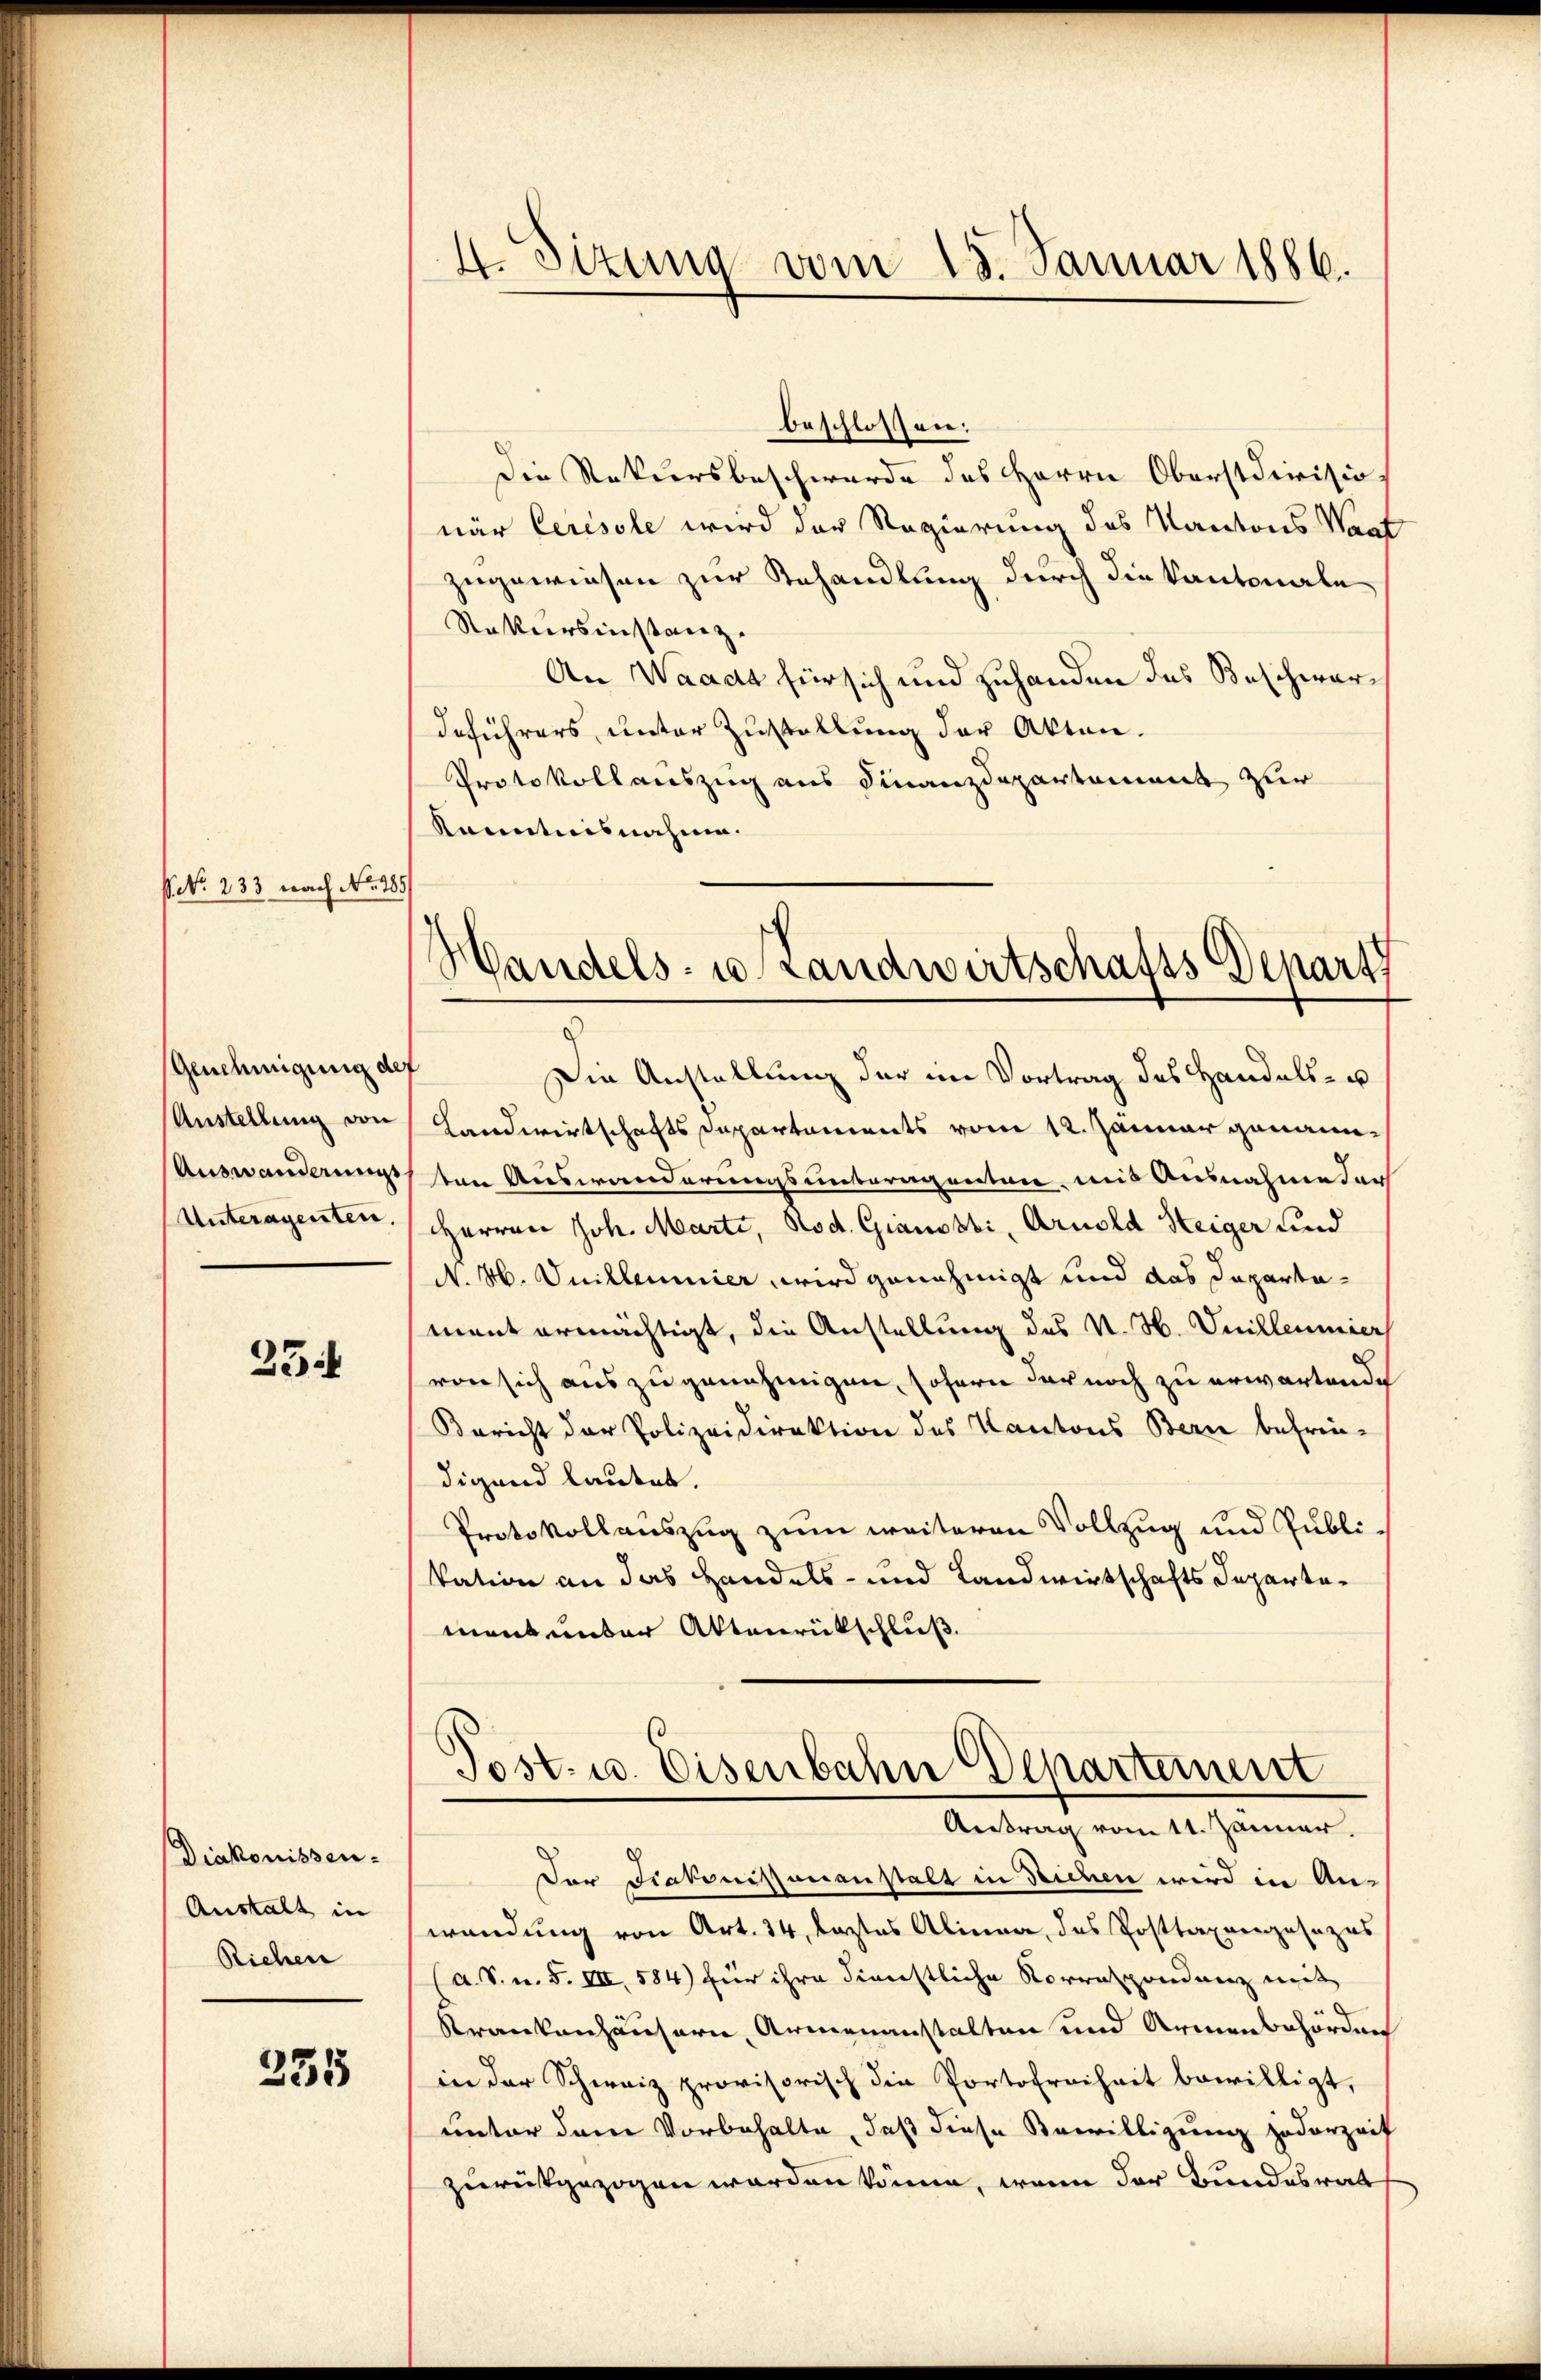
NNo. 233 nach No. 185

Genehmigung der
Anstellung von
Auswanderungs
Unteragenten,

234

Diakonissen-
Auskalt in
Riehen

235

4. Sizung vom 15. Januar 1886.

beschlossen:
Die Rekursbeschwerde des Herrn Oberstdivision
när Ceresole wird der Regierung des Kantons Waat
zugewiesen zur Behandlung durch die Kantonale
Rattiersinstanz.
An Waadt für sich und zuhanden das Beschwardeführers, unter Zustellung der Akten.
Protokollauszug aus Finanzdepartement zur
känntnisnahme.
c
Die Anstellung der im Vortrag des Handels- u
Landwirtschaftsdepartements vom 12. Jänner genannten Auswanderungsunterigenten, uns Ausnahme der
Herren Joh. Marti, Rod. Gianosbi, Arnold Heiger und
N. M. Vuilleumier wird genehmigt und das Departament ermächtigt, die Anstellung des N. H. Vnilleumier
von sich auszugenehmigen, sofern der noch zu erwartende
Bericht der Polizeidirektion des Kantons Bern befrei-
digend lautet.
Protokollauszug zum weiteren Vollzug und Publikation an das Handels- und Landwirtschafts Departement unter Aktenrückschluß
Post- u. Eisenbahn Departement
Antrag vom 11. Jänner.
Der Diakonistenanstalt in Sichen wird in An-
wendung von Art. 34, lastes Alinea, das Posttaxanpasazes
(a. S. n. F. VII, 584) für ihre dienstliche Korrespondenz mit
Krankenhäusern, Armenanstalten und Armenbehördens
in der Schweiz provisorisch die Portofreiheit bewilligt,
unter dem Vorbehalte, daß diese Bewilligung jederzeit
zurückgezogen werden könne, wenn der Bundesrat

Handels- u. Landwirtschafts Depart